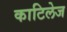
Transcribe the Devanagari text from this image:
काटिलेज